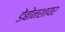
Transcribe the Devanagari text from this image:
डेबोनशायर